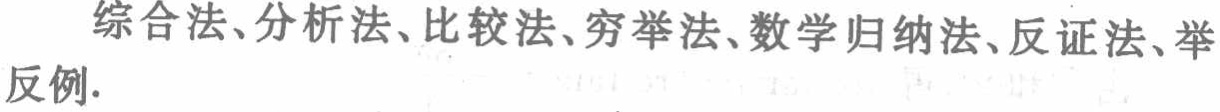
综合法、分析法、比较法、穷举法、数学归纳法、反证法、举反例.